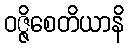
ဝဇ္ဇိစေတိယာနိ